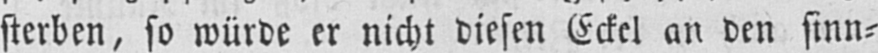
sterben, so würde er nicht diesen Eckel an den sinn⸗